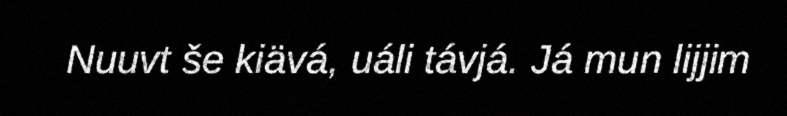
Nuuvt še kiävá, uáli távjá. Já mun lijjim